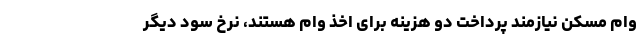
وام مسکن نیازمند پرداخت دو هزینه برای اخذ وام هستند، نرخ سود دیگر